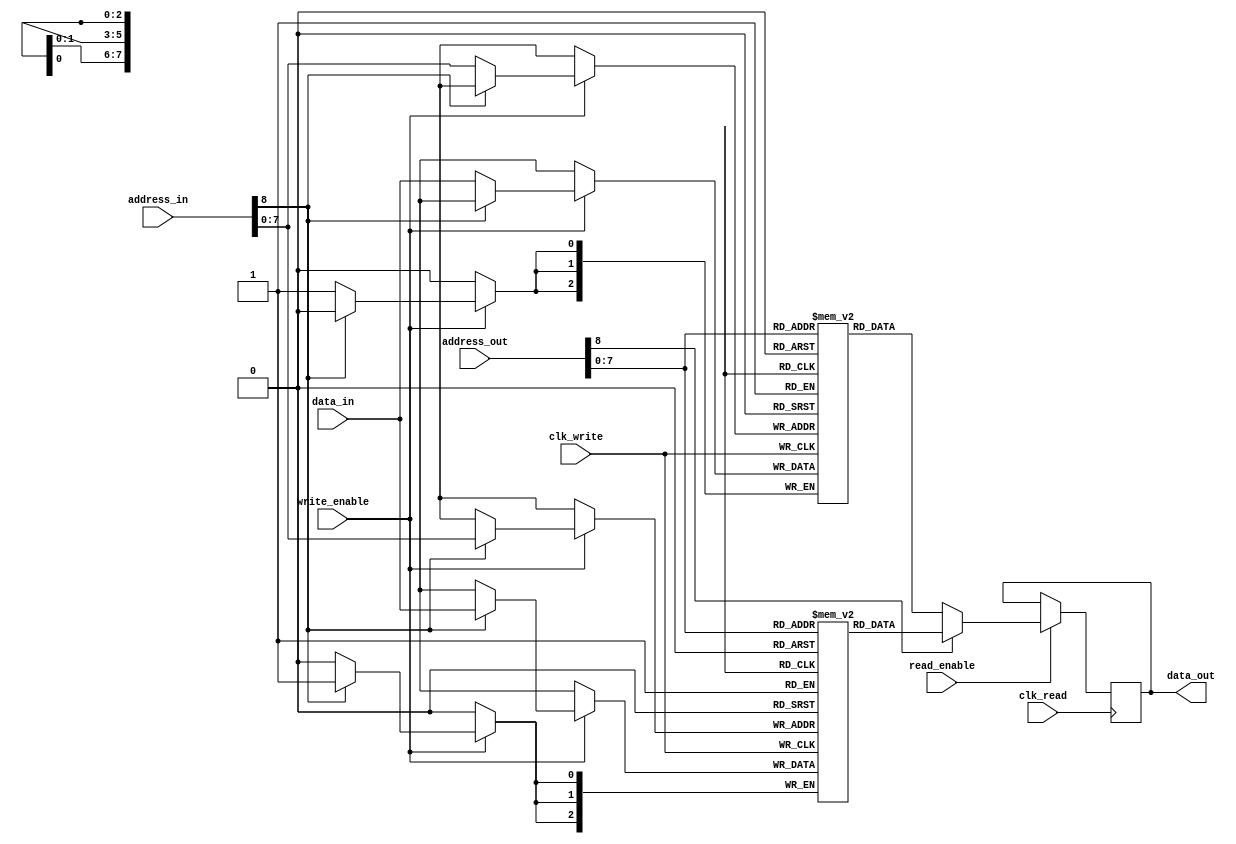
module memory(
    input wire clk_write,  
    input wire clk_read,                 
    input wire write_enable,
    input wire read_enable,           
    input wire [8:0] address_in,
    input wire [8:0] address_out,        
    input wire [2:0] data_in,       
    output reg [2:0] data_out
	 //output  [2:0] mem1_test,
	 //output  [2:0] mem2_test
);

initial begin

	data_out = 3'b0;
end
	//assign mem1_test = mem1[0];
	//assign mem2_test = mem2[0];
    // two blocs of 200 box of 8 
    reg [2:0] mem1 [199:0];
    reg [2:0] mem2 [199:0];

    // Processus de lecture/criture
    always @(posedge clk_write) begin
        if (write_enable) begin
		if(address_in[8] == 0) begin
            		mem1[address_in[7:0]] <= data_in; // crire dans la mmoire
		end
		else if(address_in[8] == 1) begin
			mem2[address_in[7:0]] <= data_in;
		end
        end
    end

    always @(posedge clk_read) begin
	if (read_enable) begin
		if(address_out[8] == 0) begin
            		data_out <= mem1[address_out[7:0]]; // Lire de la mmoire
		end
		else if(address_out[8] == 1) begin
            		data_out <= mem2[address_out[7:0]]; // Lire de la mmoire
		end

        end
    end
endmodule